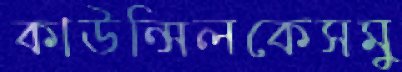
কাউন্সিলকেসমু